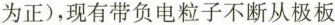
为正)，现有带负电粒子不断从极板